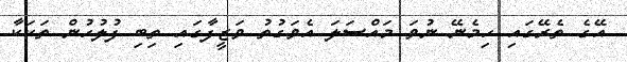
އޭގެ ތެރޭގައި ހިމެނޭ ނުވަ މައްސަލަ އެވަގުތު ވަޒީފާގައި ތިބި ފުލުހުން ތަކަކާ